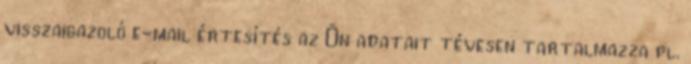
visszaigazoló e-mail értesítés az Ön adatait tévesen tartalmazza pl.